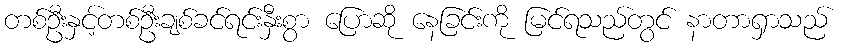
တစ်ဦးနှင့်တစ်ဦးချစ်ခင်ရင်းနှီးစွာ ပြောဆို နေခြင်းကို မြင်ရသည်တွင် နာတာရှာသည်